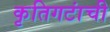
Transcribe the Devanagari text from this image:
कृतिगटांची